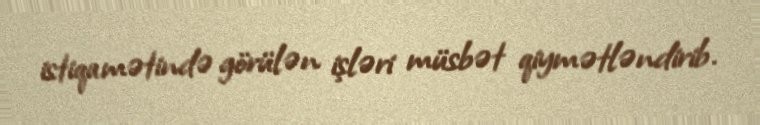
istiqamətində görülən işləri müsbət qiymətləndirib.